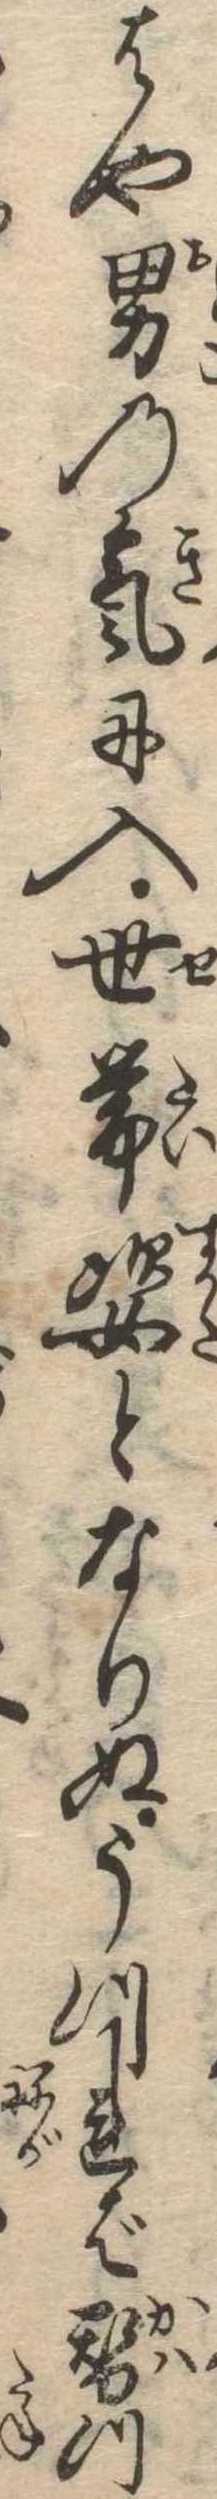
はや男の気に入世帯姿となりぬうつれば替つ